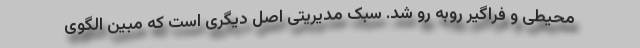
محیطی و فراگیر روبه رو شد. سبک مدیریتی اصل دیگری است که مبین الگوی